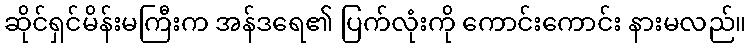
ဆိုင်ရှင်မိန်းမကြီးက အန်ဒရေ၏ ပြက်လုံးကို ကောင်းကောင်း နားမလည်။